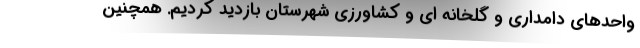
واحدهای دامداری و گلخانه ای و کشاورزی شهرستان بازدید کردیم. همچنین